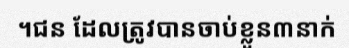
។ជន ដែលត្រូវបានចាប់ខ្លួន៣នាក់